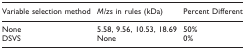
| Variable selection method | M/zs in rules (kDa) | Percent Different |
 | --- | --- | --- |
 | None | 5.58, 9.56, 10.53, 18.69 | 50% |
 | DSVS | None | 0% |